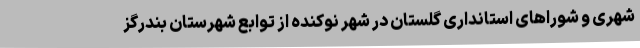
شهری و شوراهای استانداری گلستان در شهر نوکنده از توابع شهرستان بندرگز